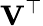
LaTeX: \mathbf{V}^{\top}